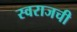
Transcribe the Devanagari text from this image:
स्वराजची